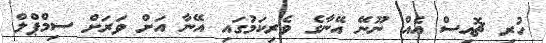
ހުރި ޗޮއިސް އެއް ނޫނޭ އޭނާގެ ވެރިކަމުގައި އޭނާ އަށް ވަރަށް ސިމްޕްލް